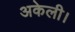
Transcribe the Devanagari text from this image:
अकेली।